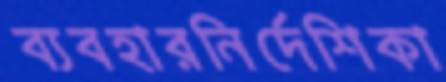
ব্যবহারনির্দেশিকা